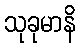
သုခုမာနိ